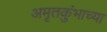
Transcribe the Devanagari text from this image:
अमृतकुंभाच्या